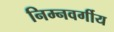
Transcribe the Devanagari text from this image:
निम्‍नवर्गीय